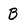
Character: B